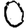
Digit: 0